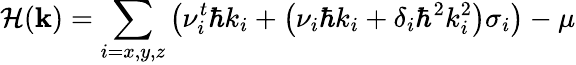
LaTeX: \mathcal{H}(\textbf{k})=\sum_{i=x,y,z}\left(\nu_{i}^{t}\hbar k_{i}+\left(\nu_{i}\hbar k_{i}+\delta_{i}\hbar^{2}k_{i}^{2}\right)\sigma_{i}\right)-\mu